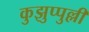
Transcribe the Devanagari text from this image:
कुझुप्पुल्ली